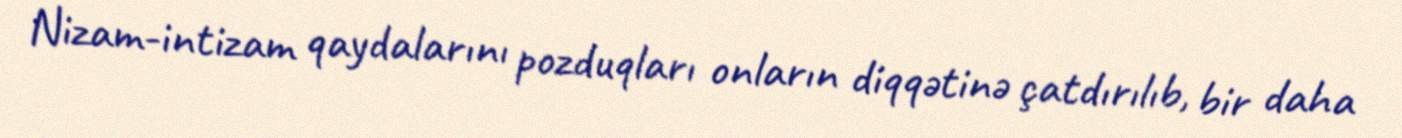
Nizam-intizam qaydalarını pozduqları onların diqqətinə çatdırılıb, bir daha